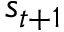
s _ { t + 1 }